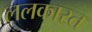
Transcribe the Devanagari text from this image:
ललकारत